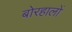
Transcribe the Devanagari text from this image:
बोरहालों